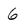
Character: 6